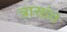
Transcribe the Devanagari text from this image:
त्रासांत